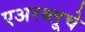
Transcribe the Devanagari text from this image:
एअरब्लूचे